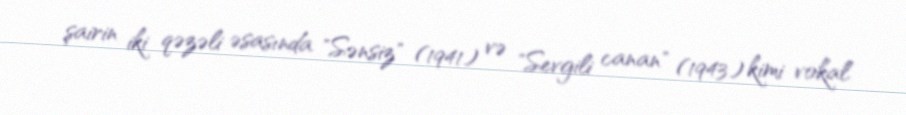
şairin iki qəzəli əsasında "Sənsiz" (1941) və "Sevgili canan" (1943) kimi vokal